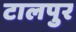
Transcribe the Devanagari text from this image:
टालपुर